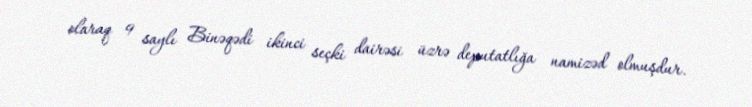
olaraq 9 saylı Binəqədi ikinci seçki dairəsi üzrə deputatlığa namizəd olmuşdur.